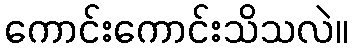
ကောင်းကောင်းသိသလဲ။